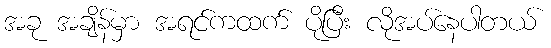
အခု အချိန်မှာ အရင်ကထက် ပိုပြီး လိုအပ်နေပါတယ်